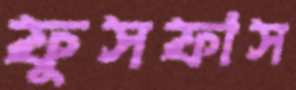
ফুসফাস